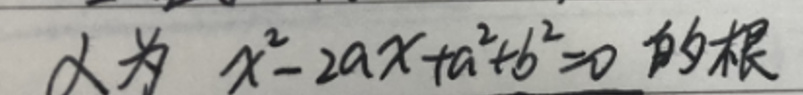
$\alpha $为$\ x^{2}-2ax + a^{2}+b^{2}=0\ $的根